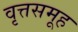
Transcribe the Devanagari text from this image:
वृत्तसमूह